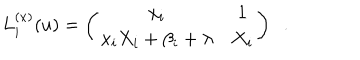
L _ { i } ^ { ( x ) } ( u ) = \left( \begin{array} { c c } { { x _ { i } } } & { { 1 } } \\ { { x _ { i } X _ { i } + \beta _ { i } + \lambda } } & { { X _ { i } } } \\ \end{array} \right) \; \; .